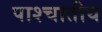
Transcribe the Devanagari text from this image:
पाश्चातीय